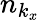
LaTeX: n_{k_{x}}